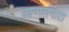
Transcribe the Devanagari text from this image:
आप्पलपोटा